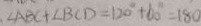
\angle A B C + \angle B C D = 1 2 0 ^ { \circ } + 6 0 ^ { \circ } = 1 8 0 ^ { \circ }